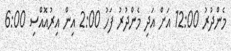
މެންދުރު 12:00 އަށް އަދި މެންދުރު ފަހު 2:00 އިން އިރުއޮއްސި 6:00